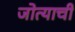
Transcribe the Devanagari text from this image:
जोत्याची